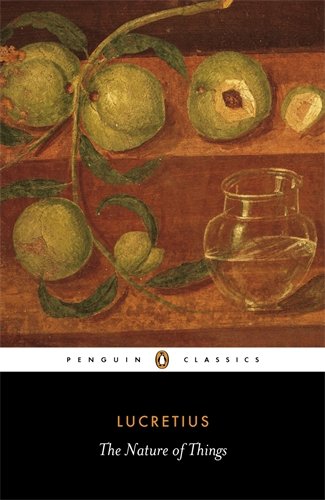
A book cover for The Nature of Things (Penguin Classics); Lucretius; Literature & Fiction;